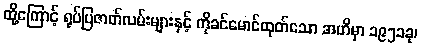
ထို့ကြောင့် ရုပ်ပြဇာတ်လမ်းများနှင့် ကိုခင်မောင်ထုတ်သော အဟိမှာ ၁၉၅၁ခု၊